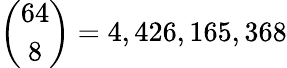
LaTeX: {\binom{64}{8}}=4,426,165,368